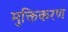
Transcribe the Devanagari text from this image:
मुक्तिकरण